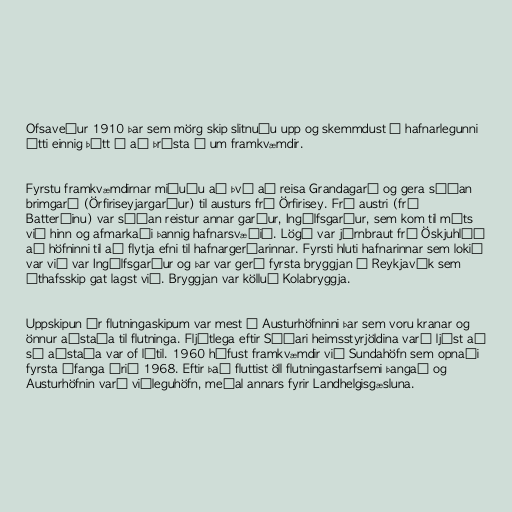
Ofsaveður 1910 þar sem mörg skip slitnuðu upp og skemmdust í hafnarlegunni
átti einnig þátt í að þrýsta á um framkvæmdir.

Fyrstu framkvæmdirnar miðuðu að því að reisa Grandagarð og gera síðan
brimgarð (Örfiriseyjargarður) til austurs frá Örfirisey. Frá austri (frá
Batteríinu) var síðan reistur annar garður, Ingólfsgarður, sem kom til móts
við hinn og afmarkaði þannig hafnarsvæðið. Lögð var járnbraut frá Öskjuhlíð
að höfninni til að flytja efni til hafnargerðarinnar. Fyrsti hluti hafnarinnar sem lokið
var við var Ingólfsgarður og þar var gerð fyrsta bryggjan í Reykjavík sem
úthafsskip gat lagst við. Bryggjan var kölluð Kolabryggja.

Uppskipun úr flutningaskipum var mest í Austurhöfninni þar sem voru kranar og
önnur aðstaða til flutninga. Fljótlega eftir Síðari heimsstyrjöldina varð ljóst að
sú aðstaða var of lítil. 1960 hófust framkvæmdir við Sundahöfn sem opnaði
fyrsta áfanga árið 1968. Eftir það fluttist öll flutningastarfsemi þangað og
Austurhöfnin varð viðleguhöfn, meðal annars fyrir Landhelgisgæsluna.